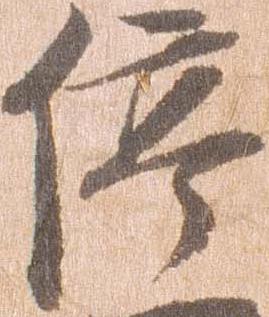
停